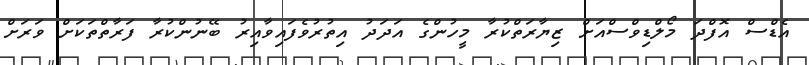
އެޑްސް އޮފްދަ މޯލްޑިވްސްއަށް ޒިޔާރަތްކުރާ މީހުންގެ އަދަދު އިތުރުވެފައިވާއިރު ބޭނުންކުރާ ފަރާތްތަކަށް ވަރަށް